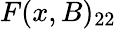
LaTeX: F(x,B)_{22}